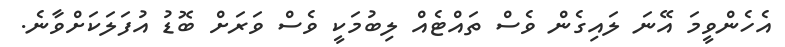
އެހެންވީމަ އޭނަ ލައިގެން ވެސް ތައްޓެއް ލިބުމަކީ ވެސް ވަރަށް ބޮޑު އުފަލަކަށްވާނެ.